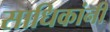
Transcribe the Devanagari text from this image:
साधिकांनी